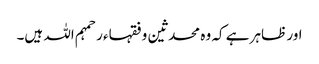
اور ظاہر ہے کہ وہ محدثین و فقہاء ر حمہم اللہ ہیں۔